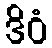
ဒိဝံ